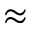
\approx